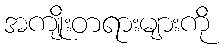
အကျိုးတရားများကို